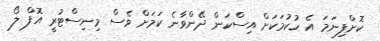
ކޮށްފިނަމަ އެ ހުކުމަކަށް އިސްކަން ދޭންވާނެ ކަމަށް ވެސް މިނިސްޓުރީ އޮފް ލޯ